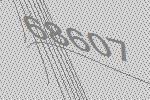
68607